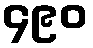
၄၉၀